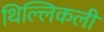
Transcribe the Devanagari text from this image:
थिल्लिकली